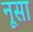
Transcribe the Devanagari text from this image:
नूसा